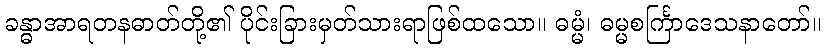
ခန္ဓာအာရတနဓာတ်တို့၏ ပိုင်းခြားမှတ်သားရာဖြစ်ထသော။ ဓမ္မံ၊ ဓမ္မစင်္ကြာဒေသနာတော်။